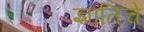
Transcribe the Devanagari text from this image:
ज्ञातिचे